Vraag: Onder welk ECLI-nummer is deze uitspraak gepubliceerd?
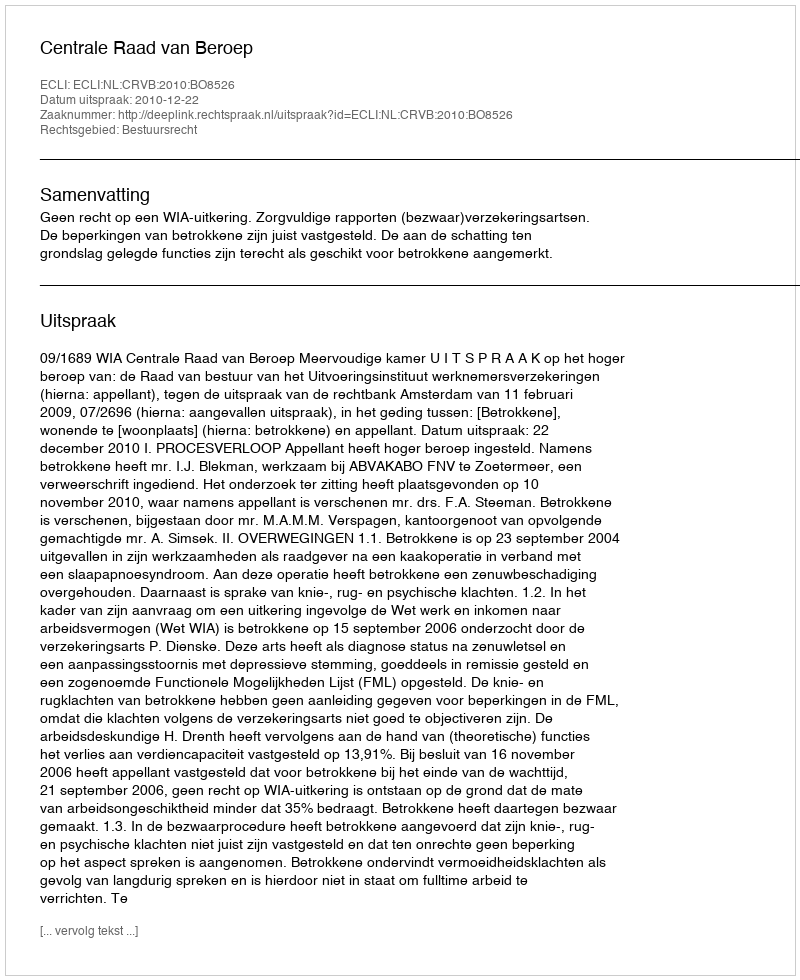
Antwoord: ECLI:NL:CRVB:2010:BO8526